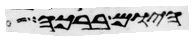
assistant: היום ברכה